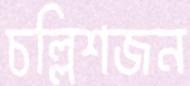
চল্লিশজন